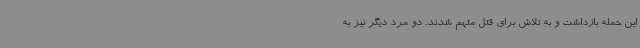
این حمله بازداشت و به تلاش برای قتل متهم شدند. دو مرد دیگر نیز به